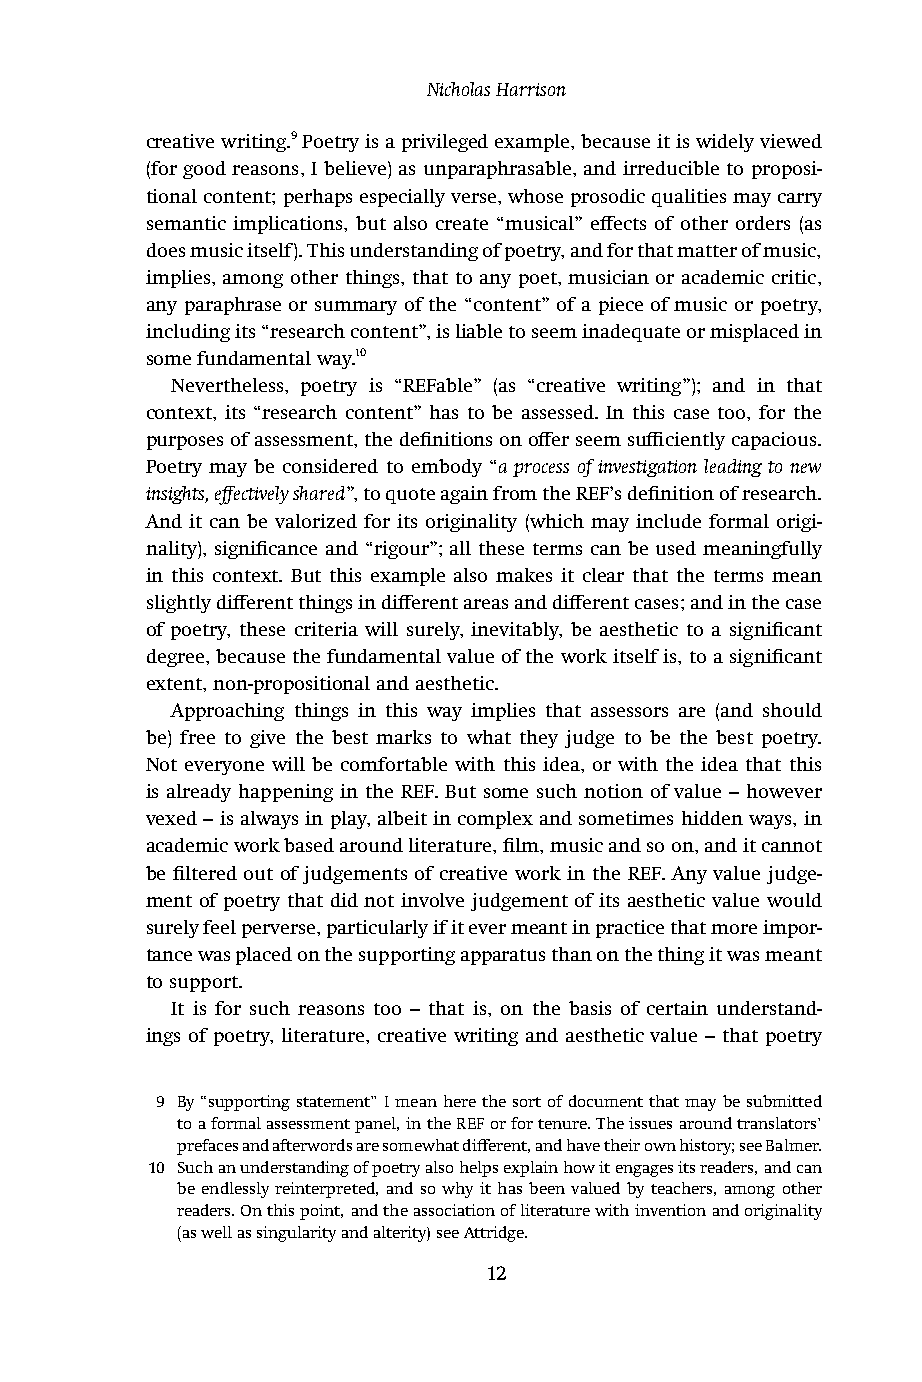
Nicholas Harrison
 creative writing.9 Poetry is a privileged example, because it is widely viewed
 (for good reasons, I believe) as unparaphrasable, and irreducible to proposi-
 tional content; perhaps especially verse, whose prosodic qualities may carry
 semantic implications, but also create “musical” effects of other orders (as
 does music itself). This understanding of poetry, and for that matter of music,
 implies, among other things, that to any poet, musician or academic critic,
 any paraphrase or summary of the “content” of a piece of music or poetry,
 including its “research content”, is liable to seem inadequate or misplaced in
 some fundamental way.10
 Nevertheless, poetry is “REFable” (as “creative writing”); and in that
 context, its “research content” has to be assessed. In this case too, for the
 purposes of assessment, the definitions on offer seem sufficiently capacious.
 Poetry may be considered to embody “a process of investigation leading to new
 insights, effectively shared”, to quote again from the REF’s definition of research.
 And it can be valorized for its originality (which may include formal origi-
 nality), significance and “rigour”; all these terms can be used meaningfully
 in this context. But this example also makes it clear that the terms mean
 slightly different things in different areas and different cases; and in the case
 of poetry, these criteria will surely, inevitably, be aesthetic to a significant
 degree, because the fundamental value of the work itself is, to a significant
 extent, non-propositional and aesthetic.
 Approaching things in this way implies that assessors are (and should
 be) free to give the best marks to what they judge to be the best poetry.
 Not everyone will be comfortable with this idea, or with the idea that this
 is already happening in the REF. But some such notion of value – however
 vexed – is always in play, albeit in complex and sometimes hidden ways, in
 academic work based around literature, film, music and so on, and it cannot
 be filtered out of judgements of creative work in the REF. Any value judge-
 ment of poetry that did not involve judgement of its aesthetic value would
 surely feel perverse, particularly if it ever meant in practice that more impor-
 tance was placed on the supporting apparatus than on the thing it was meant
 to support.
 It is for such reasons too – that is, on the basis of certain understand-
 ings of poetry, literature, creative writing and aesthetic value – that poetry
 9 By “supporting statement” I mean here the sort of document that may be submitted
 to a formal assessment panel, in the REF or for tenure. The issues around translators’
 prefaces and afterwords are somewhat different, and have their own history; see Balmer.
 10 Such an understanding of poetry also helps explain how it engages its readers, and can
 be endlessly reinterpreted, and so why it has been valued by teachers, among other
 readers. On this point, and the association of literature with invention and originality
 (as well as singularity and alterity) see Attridge.
 12